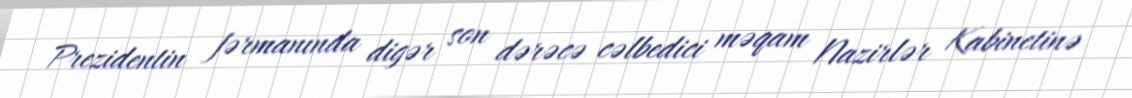
Prezidentin fərmanında digər son dərəcə cəlbedici məqam Nazirlər Kabinetinə